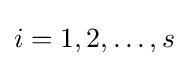
i=1,2,\ldots ,s